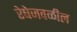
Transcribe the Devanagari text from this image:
रेषेजवळील